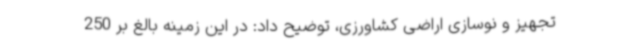
تجهیز و نوسازی اراضی کشاورزی، توضیح داد: در این زمینه بالغ بر 250